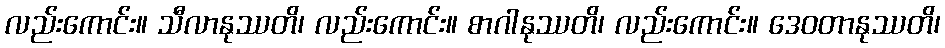
လည်းကောင်း။ သီလာနုဿတိ၊ လည်းကောင်း။ စာဂါနုဿတိ၊ လည်းကောင်း။ ဒေဝတာနုဿတိ၊